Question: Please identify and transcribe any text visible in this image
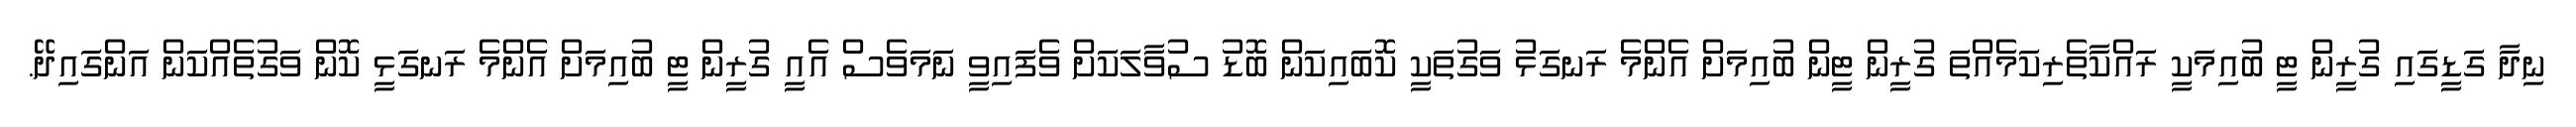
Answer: ނިދާ ގަޑީގައި ގުރީން ޓީ ބުއިމަކީ ރައްކާތެރިކަމެއްތަ ގުރީން ޓީން ބުއިމަށް އެންމެ ރަނގަޅު ވަގުތަކީ ކޮބައިކަން ބޮޑު ސުވާލަކަށް ވެފައިވީ ނަމަވެސް އެއީ ގުރީން ޓީ ބުއިމަށް އެންމެ ރަނގަޅީ ކޮން ވަގުތެއްކަން އަންގައިދޭ.